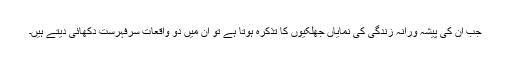
جب ان کی پیشہ ورانہ زندگی کی نمایاں جھلکیوں کا تذکرہ ہوتا ہے تو اِن میں دو واقعات سرفہرست دکھائی دیتے ہیں۔